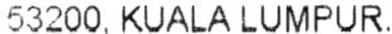
53200, KUALA LUMPUR.